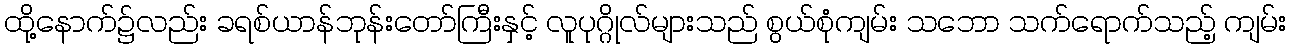
ထို့နောက်၌လည်း ခရစ်ယာန်ဘုန်းတော်ကြီးနှင့် လူပုဂ္ဂိုလ်များသည် စွယ်စုံကျမ်း သဘော သက်ရောက်သည့် ကျမ်း